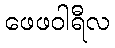
ဖေဖဝါရီလ